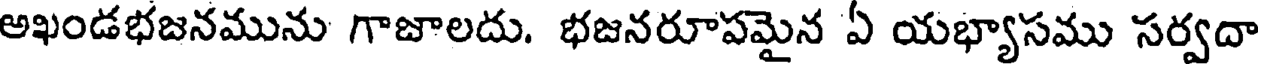
అఖండభజనమును గాజాలదు. భజనరూపమైన ఏ యభ్యాసము సర్వదా